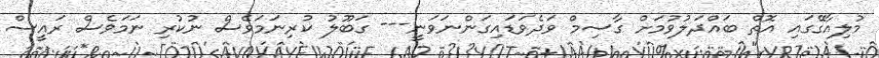
މުލިއާގޭގައި އޮތް ބައްދަލުވުމަށް ގާސިމް ވަދެވަޑައިގަންނަވަނީ--- ގަބޫލު ކުރިނަމަވެސް ނުކުރި ނަމަވެސް ރައީސް